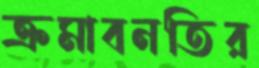
ক্রমাবনতির